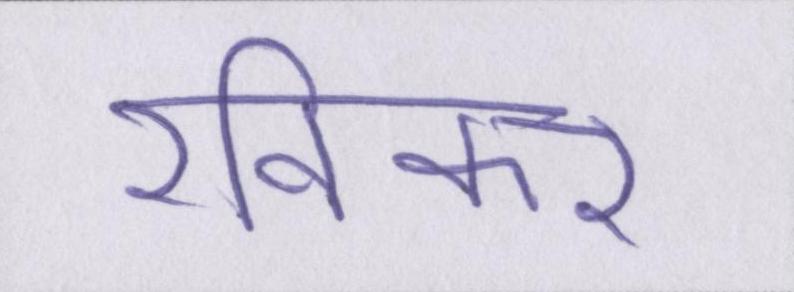
रविकर